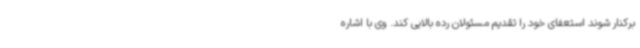
برکنار شوند استعفای خود را تقدیم مسئولان رده بالایی کند. وی با اشاره